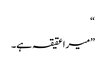
“
”میرا عقیقہ ہے۔